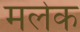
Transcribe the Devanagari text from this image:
मलेक